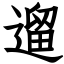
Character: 遛